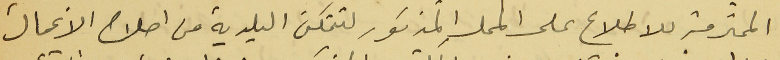
المحترمة للاطلاع على المحلِ المذكور لتتمكن البلدية من اصلاح الاعمال